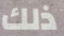
ذلك